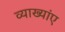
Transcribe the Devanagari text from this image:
व्याख्यांए